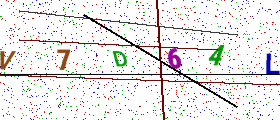
Text: V7D64L